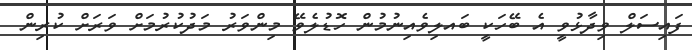
ފައިސަލް ވިދާޅުވީ އެ ބޭހަކީ ބައލިވެއިނުމުން ހޮޑުލެވޭ މިންވަރު މަދުކުރުމަށް ވަރަށް ކުރިން